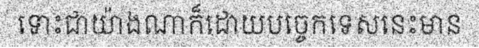
ទោះជាយ៉ាងណាក៏ដោយបច្ចេកទេសនេះមាន